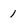
Character: 1